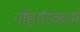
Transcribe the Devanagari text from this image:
नीहारिकामें